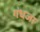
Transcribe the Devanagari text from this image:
गंधजा